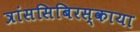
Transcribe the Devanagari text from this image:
त्रांससिबिरस्काया